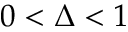
0 < \Delta < 1